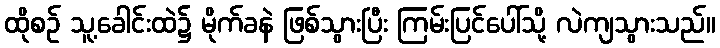
ထိုစဉ် သူ့ခေါင်းထဲ၌ မိုက်ခနဲ ဖြစ်သွားပြီး ကြမ်းပြင်ပေါ်သို့ လဲကျသွားသည်။